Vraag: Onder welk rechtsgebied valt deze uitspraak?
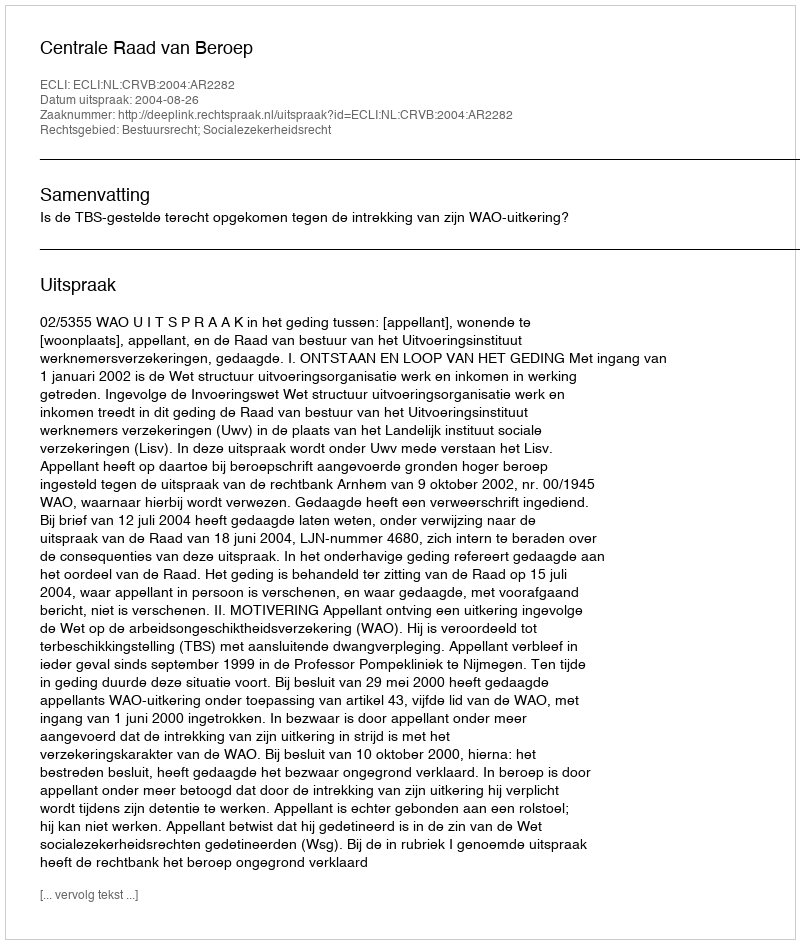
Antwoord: Bestuursrecht; Socialezekerheidsrecht